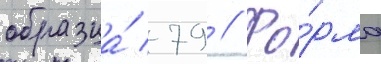
образца́ 79 // Фо́рма